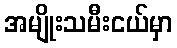
အမျိုးသမီးငယ်မှာ